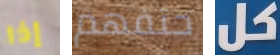
إذا حتفهم كل